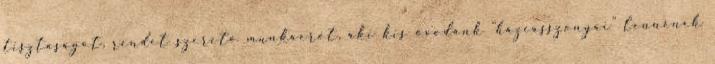
tisztaságot, rendet szerető munkaerőt, aki kis óvodánk "háziasszonyai" lennének